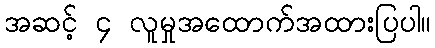
အဆင့် ၄ လူမှုအထောက်အထားပြပါ။